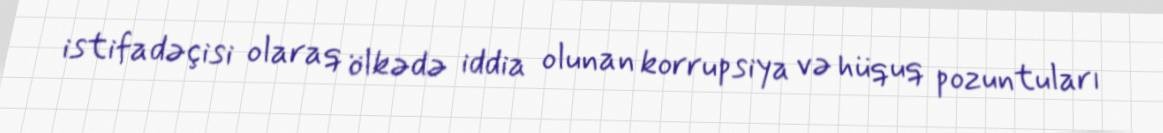
istifadəçisi olaraq ölkədə iddia olunan korrupsiya və hüquq pozuntuları